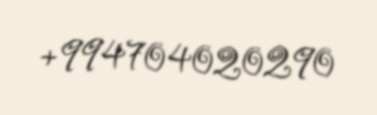
+994704020290